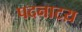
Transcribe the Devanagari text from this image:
पदनाटय़